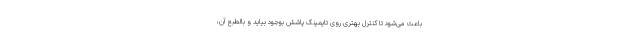
باعث می‌شود تا کنترل بهتری روی تایمینگ پاشش بوجود بیاید و بالطبع آن،